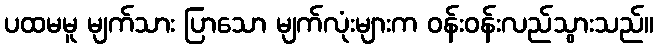
ပထမမူ မျက်သား ပြာသော မျက်လုံးများက ဝန်းဝန်းလည်သွားသည်။